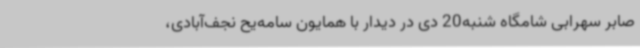
صابر سهرابی شامگاه شنبه20 دی‌ در دیدار با همایون سامه‌یح نجف‌آبادی،